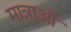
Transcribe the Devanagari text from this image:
मात्राऔं